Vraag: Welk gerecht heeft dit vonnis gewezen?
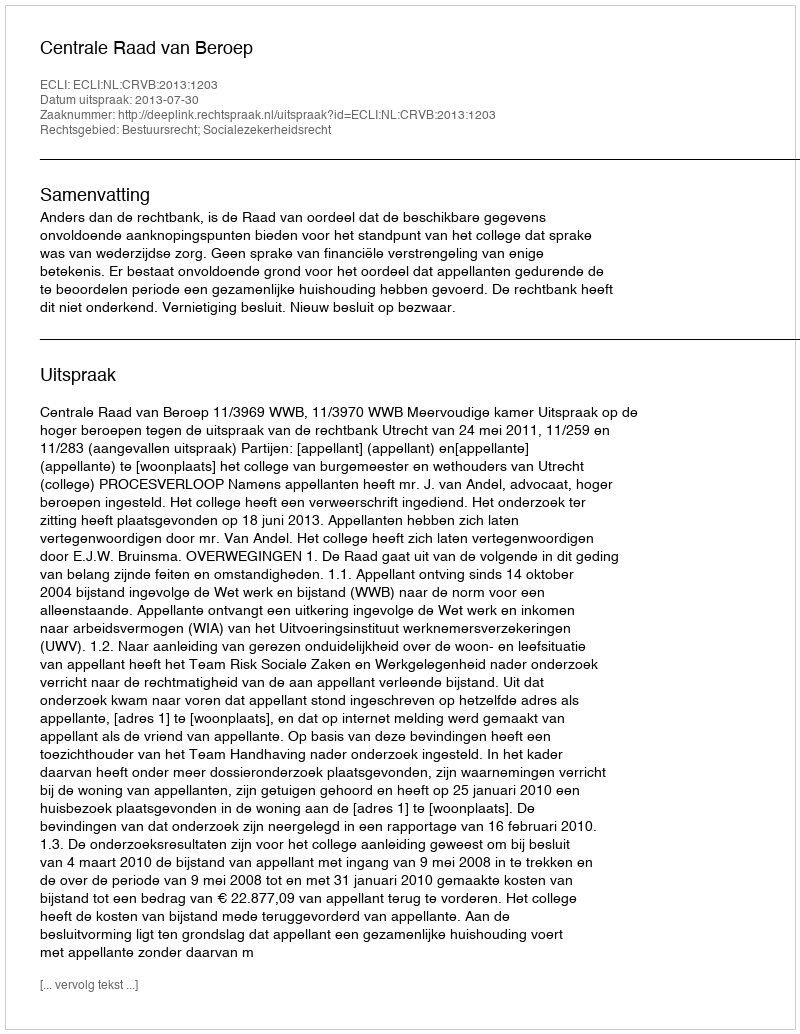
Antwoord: Centrale Raad van Beroep